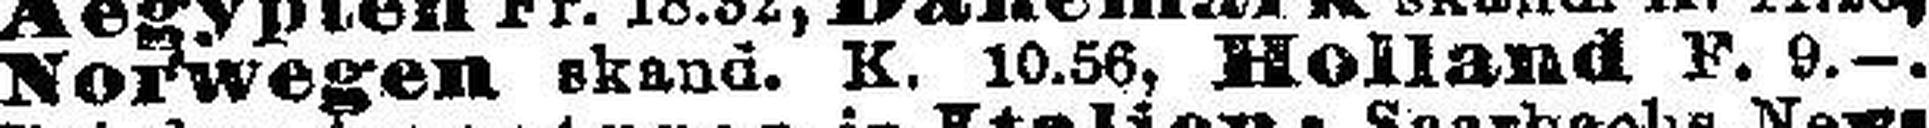
Norwegen skand. K. 10.56, Holland F. 9.—.